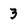
Character: 3